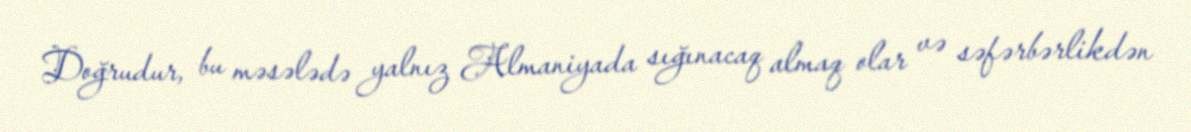
Doğrudur, bu məsələdə yalnız Almaniyada sığınacaq almaq olar və səfərbərlikdən